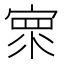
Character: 𰍓